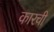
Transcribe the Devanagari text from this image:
कारची